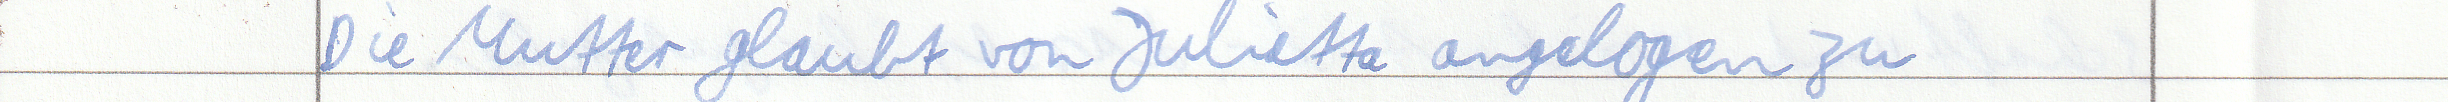
Die Mutter glaubt von Julietta angelogen zu